NAE_ERA_R-30_Eesti_Riiklik_Spordiamet, lk 245
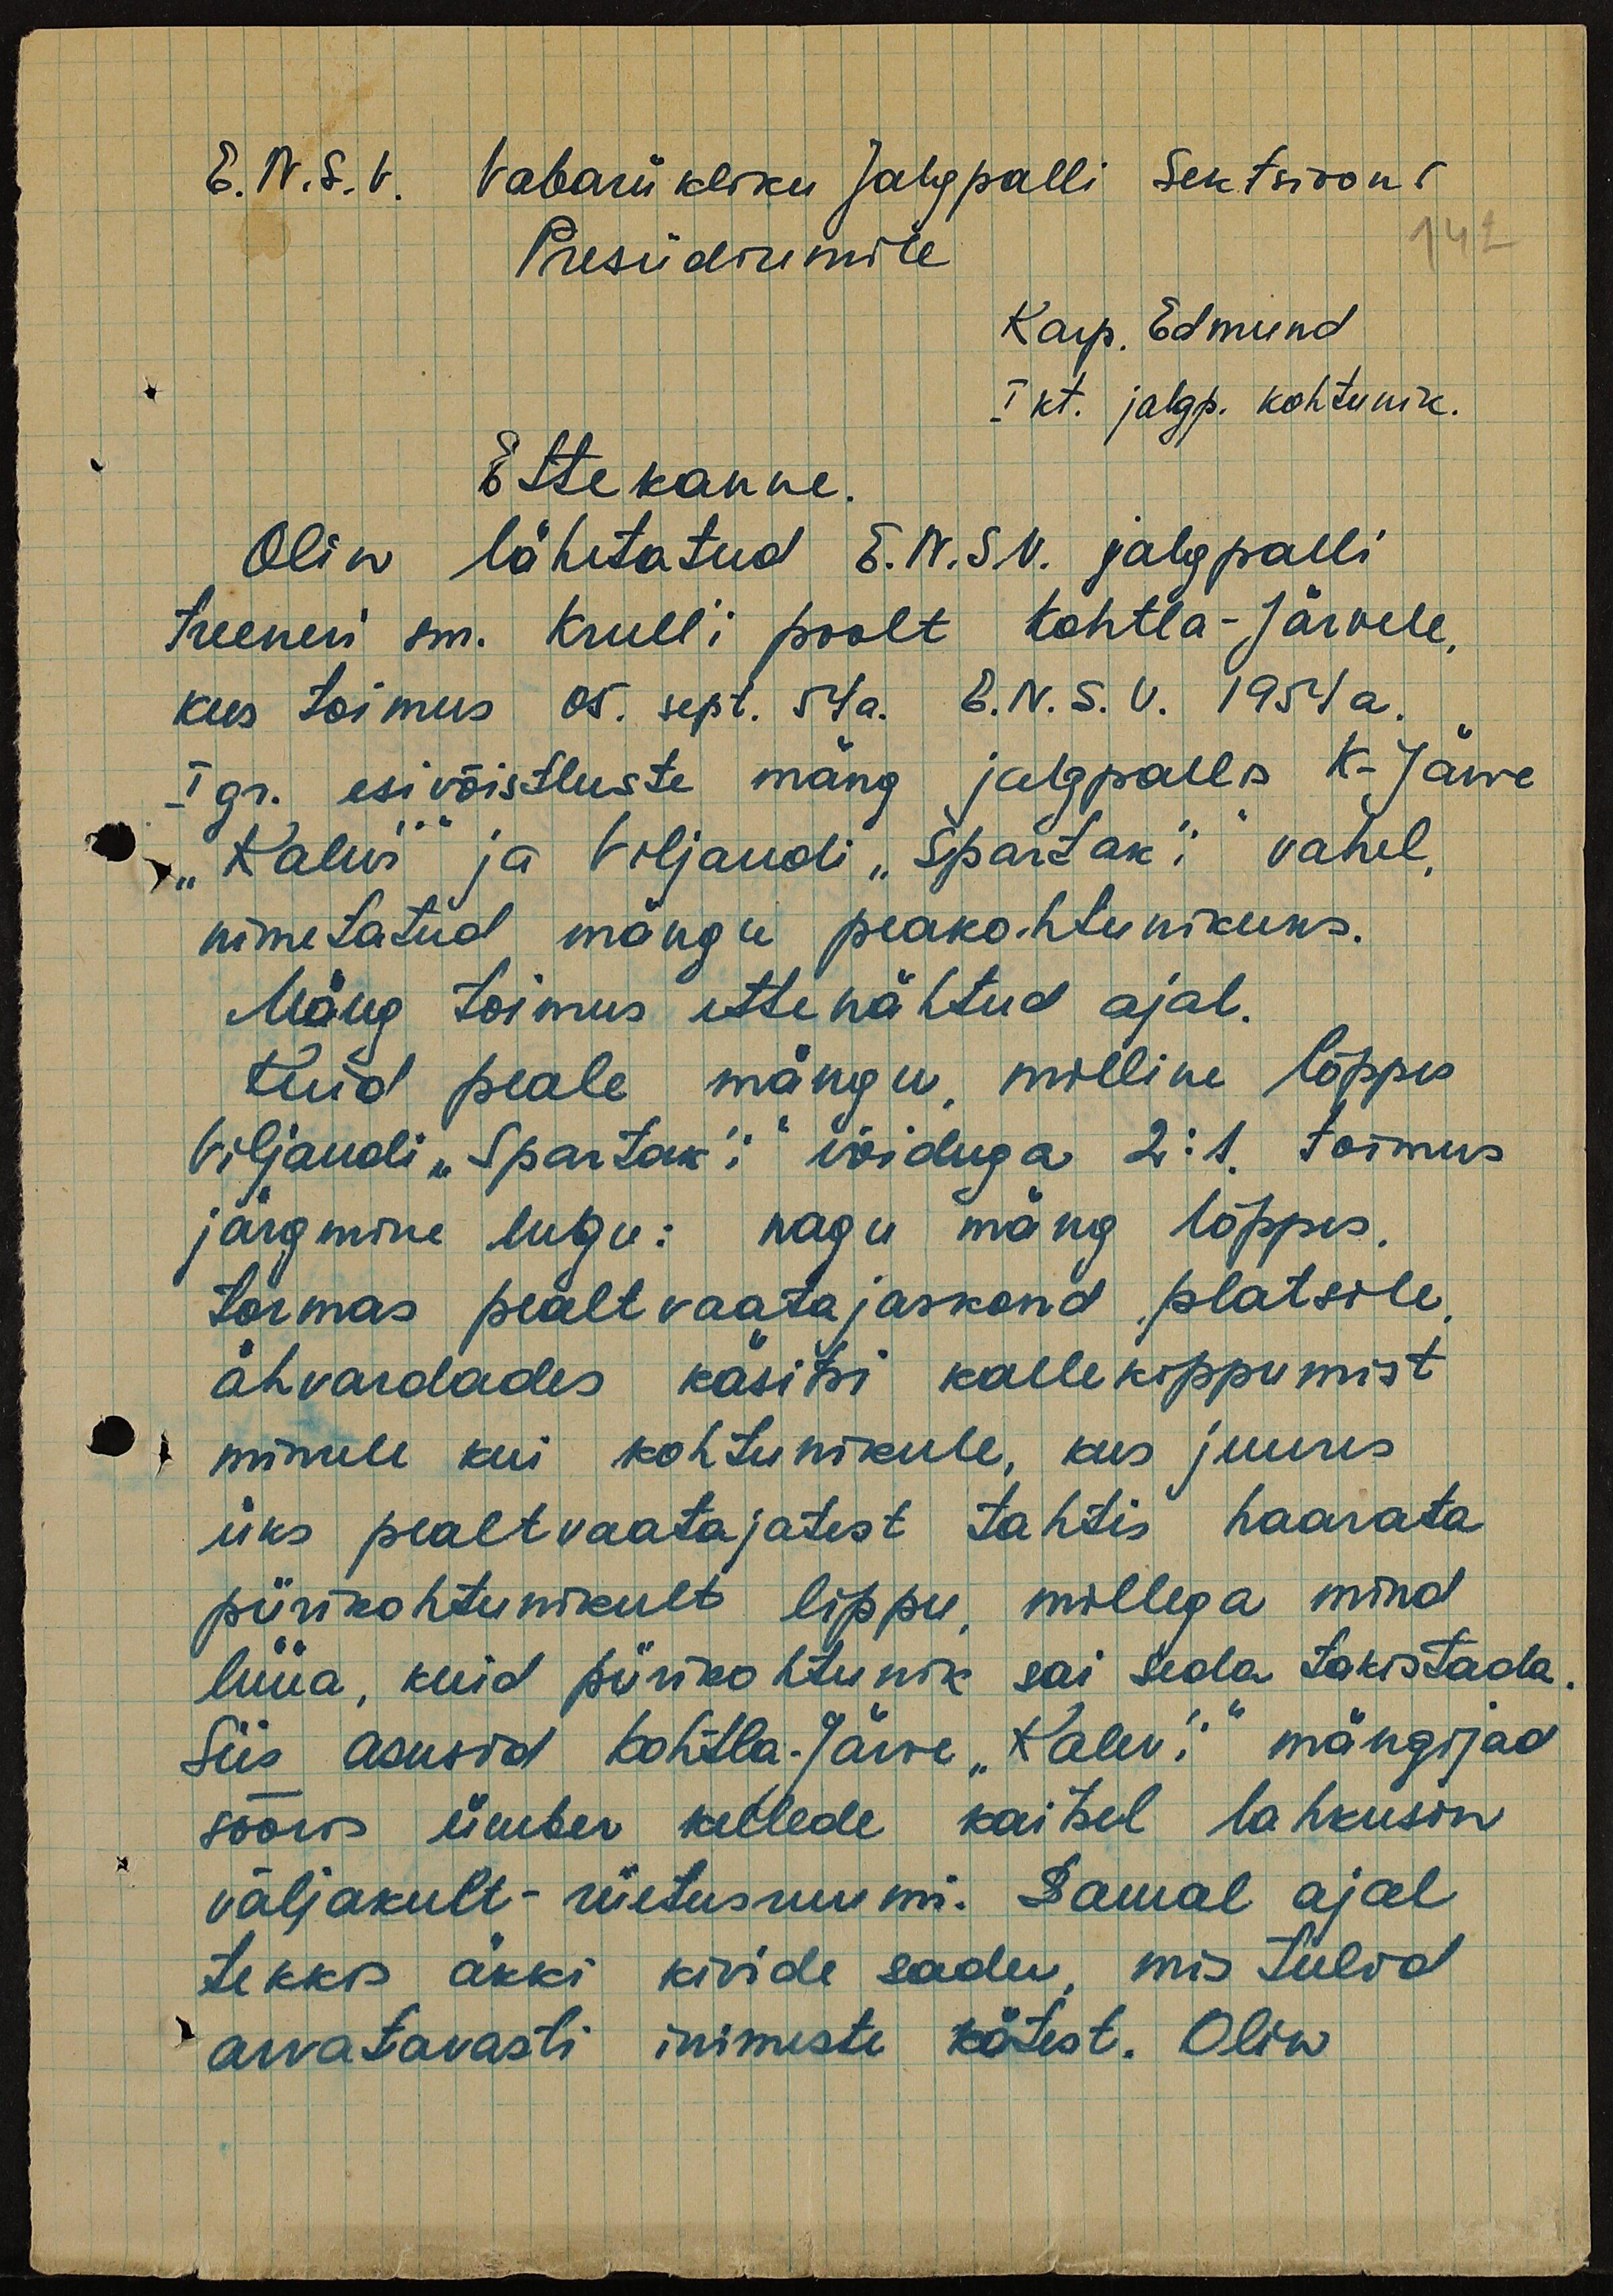
E. N. S. V. Vabariikliku Jalgpalli Sektsiooni
Presiidiumile
142
Karp. Edmund
I kt. jalgp. kohtunik.
Ettekanne.
Olin lähetatud E.N.S.V. jalgpalli
treeneri sm. Krull´i poolt Kohtla-Järvele,
kus toimus 05. sept. 54a. E.N.S.V. 1954a.
I gr. esivõistluste mäng jalgpallis K-Järve
"Kalev´i" ja Viljandi "Spartak´i" vahel,
nimetatud mängu peakohtunikuks.
Mäng toimus ettenähtud ajal.
Kuid peale mängu, milline lõppes
Viljandi "Spartak'i" võiduga 2:1 toimus
järgmine lugu: nagu mäng lõppes,
tormas pealtvaatajaskond platsile,
ähvardades käsitsi kallekippumist
minule kui kohtunikule, kus juures
üks pealtvaatajatest tahtis haarata
piirikohtunikult lippu, millega mind
lüüa, kuid piirikohtunik sai seda takistada.
Siis asusid Kohtla-Järve "Kalev´i" mängijad
sõõris ümber kellede kaitsel lahkusin
väljakult - riietusruumi. Samal ajal
tekkis äkki kivide sadu, mis tulid
arvatavasti inimeste kätest. Olin